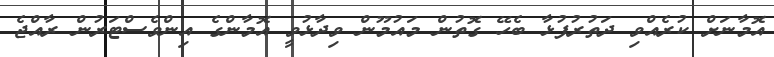
އޮމާނަށް ކުރެއްވި ދަތުރުފުޅާ ބެހޭ ގޮތުން މައުމޫން ވިދާޅުވީ އޮމާންގެ އިންވެސްޓަރުން ރާއްޖެ